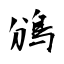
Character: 鳻